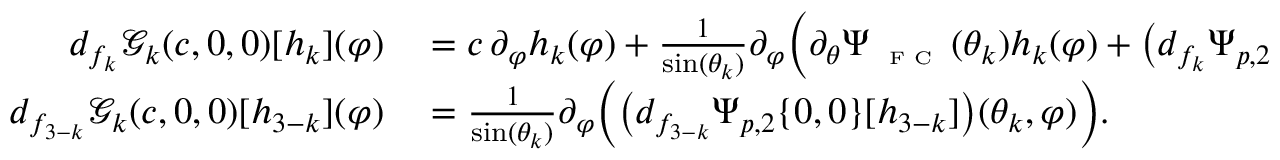
\begin{array} { r l } { d _ { f _ { k } } \mathscr { G } _ { k } ( c , 0 , 0 ) [ h _ { k } ] ( \varphi ) } & { { } = c \, \partial _ { \varphi } h _ { k } ( \varphi ) + \frac { 1 } { \sin ( \theta _ { k } ) } \partial _ { \varphi } \Big ( \partial _ { \theta } \Psi _ { \textnormal { \tiny { F C } } } ( \theta _ { k } ) h _ { k } ( \varphi ) + \big ( d _ { f _ { k } } \Psi _ { p , 2 } \{ 0 , 0 \} [ h _ { k } ] \big ) ( \theta _ { k } , \varphi ) \Big ) , } \\ { d _ { f _ { 3 - k } } \mathscr { G } _ { k } ( c , 0 , 0 ) [ h _ { 3 - k } ] ( \varphi ) } & { { } = \frac { 1 } { \sin ( \theta _ { k } ) } \partial _ { \varphi } \Big ( \big ( d _ { f _ { 3 - k } } \Psi _ { p , 2 } \{ 0 , 0 \} [ h _ { 3 - k } ] \big ) ( \theta _ { k } , \varphi ) \Big ) . } \end{array}